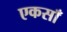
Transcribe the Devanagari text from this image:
एकसाँ